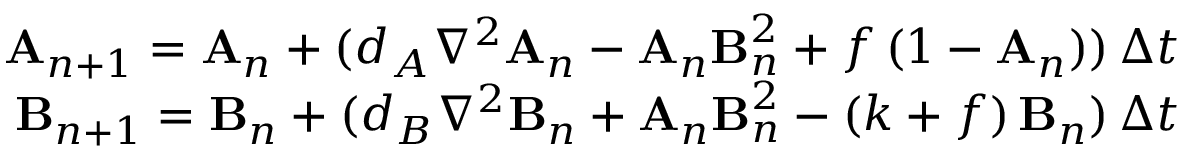
\begin{array} { r } { \mathbf { A } _ { n + 1 } = \mathbf { A } _ { n } + ( d _ { A } \nabla ^ { 2 } \mathbf { A } _ { n } - \mathbf { A } _ { n } \mathbf { B } _ { n } ^ { 2 } + f \, ( 1 - \mathbf { A } _ { n } ) ) \, \Delta t } \\ { \mathbf { B } _ { n + 1 } = \mathbf { B } _ { n } + ( d _ { B } \nabla ^ { 2 } \mathbf { B } _ { n } + \mathbf { A } _ { n } \mathbf { B } _ { n } ^ { 2 } - ( k + f ) \, \mathbf { B } _ { n } ) \, \Delta t } \end{array}